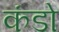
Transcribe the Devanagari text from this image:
कंडो